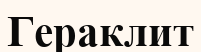
Гераклит